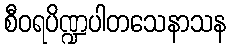
စီဝရပိဏ္ဍပါတသေနာသန